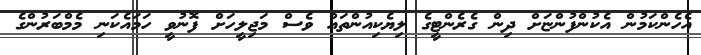
އެހެންކަމުން އެކުންފުންޏަށް ދިން ގެރެންޓީގެ ލިޔެކިއުންތައް ވެސް މަޖިލީހަށް ފޮނުވީ ހަމައެކަނި މެމްބަރުންގެ